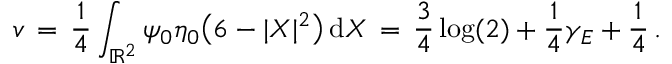
v \, = \, \frac { 1 } { 4 } \int _ { \mathbb { R } ^ { 2 } } \psi _ { 0 } \eta _ { 0 } \bigl ( 6 - | X | ^ { 2 } \bigr ) \, \mathrm { d } X \, = \, \frac { 3 } { 4 } \log ( 2 ) + \frac { 1 } { 4 } \gamma _ { E } + \frac { 1 } { 4 } \, .